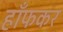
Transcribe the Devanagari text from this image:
हाँफकर